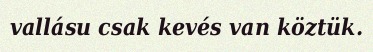
vallásu csak kevés van köztük.